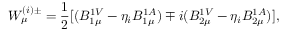
W _ { \mu } ^ { ( i ) \pm } = \frac { 1 } { 2 } [ ( B _ { 1 \mu } ^ { 1 V } - \eta _ { i } B _ { 1 \mu } ^ { 1 A } ) \mp i ( B _ { 2 \mu } ^ { 1 V } - \eta _ { i } B _ { 2 \mu } ^ { 1 A } ) ] ,